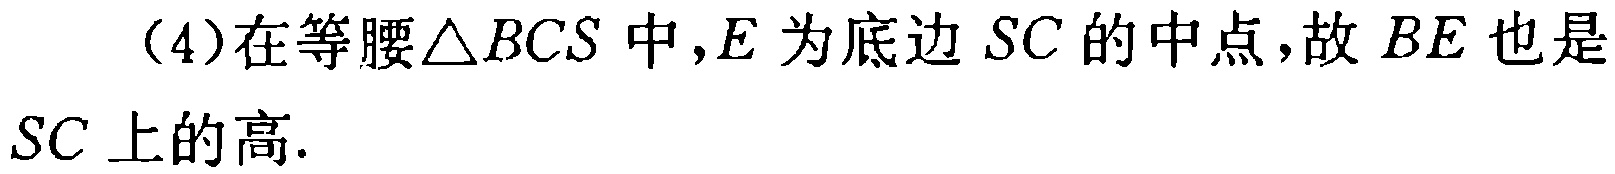
（4）在等腰$\triangle BCS$中，$E$为底边$SC$的中点，故$BE$也是$SC$上的高.